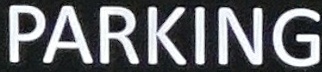
PARKING